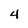
Character: 4